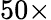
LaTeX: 50\times